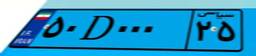
۵۰D۰۰۰۲۵